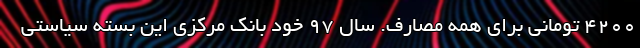
۴۲۰۰ تومانی برای همه مصارف. سال ۹۷ خود بانک مرکزی این بسته سیاستی